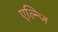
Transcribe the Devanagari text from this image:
एल्न्जि